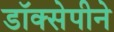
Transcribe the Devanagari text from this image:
डॉक्सेपीने